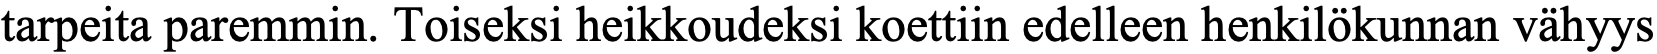
tarpeita paremmin. Toiseksi heikkoudeksi koettiin edelleen henkilökunnan vähyys